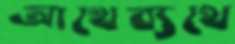
আথেব্যথে